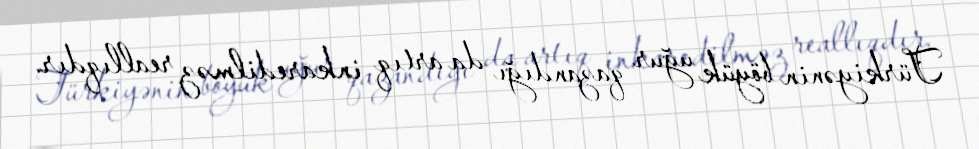
Türkiyənin böyük uğur qazandığı da artıq inkaredilməz reallıqdır.